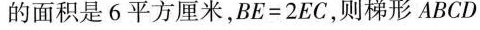
的面积是6平方厘米，$$B E = 2 E C$$，则梯形ABCD